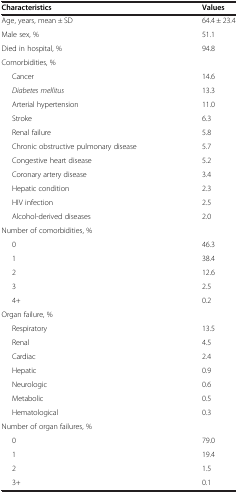
| Characteristics | Values |
 | --- | --- |
 | Age, years, mean ± SD | 64.4 ± 23.4 |
 | Male sex, % | 51.1 |
 | Died in hospital, % | 94.8 |
 | Comorbidities, % |  |
 | Cancer | 14.6 |
 | Diabetes mellitus | 13.3 |
 | Arterial hypertension | 11.0 |
 | Stroke | 6.3 |
 | Renal failure | 5.8 |
 | Chronic obstructive pulmonary disease | 5.7 |
 | Congestive heart disease | 5.2 |
 | Coronary artery disease | 3.4 |
 | Hepatic condition | 2.3 |
 | HIV infection | 2.5 |
 | Alcohol-derived diseases | 2.0 |
 | Number of comorbidities, % |  |
 | 0 | 46.3 |
 | 1 | 38.4 |
 | 2 | 12.6 |
 | 3 | 2.5 |
 | 4+ | 0.2 |
 | Organ failure, % |  |
 | Respiratory | 13.5 |
 | Renal | 4.5 |
 | Cardiac | 2.4 |
 | Hepatic | 0.9 |
 | Neurologic | 0.6 |
 | Metabolic | 0.5 |
 | Hematological | 0.3 |
 | Number of organ failures, % |  |
 | 0 | 79.0 |
 | 1 | 19.4 |
 | 2 | 1.5 |
 | 3+ | 0.1 |